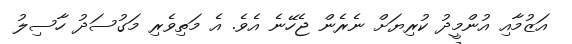
އަޒުމާއި އުންމީދު ކުރިޔަށް ނެރެން ޖެހޭނެ އެވެ. އެ މަތިވެރި މަގުސަދު ހާސިލު